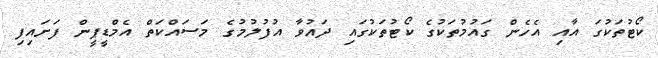
ކޯޓުތަކުގަ އާއި އެހެން ގައުމުތަކުގެ ކޯޓުތަކުގައި ދައުވާ އުފުލުމުގެ މަސައްކަތް އެމްޑީޕީން ފަށައިފި